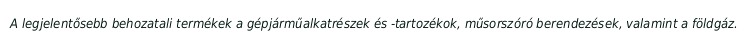
A legjelentősebb behozatali termékek a gépjárműalkatrészek és -tartozékok, műsorszóró berendezések, valamint a földgáz.